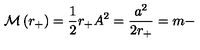
{ \cal M } \left( r _ { + } \right) = \frac { 1 } { 2 } r _ { + } A ^ { 2 } = \frac { a ^ { 2 } } { 2 r _ { + } } = m -